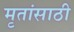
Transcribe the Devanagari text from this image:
मृतांसाठी